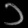
Digit: ၁